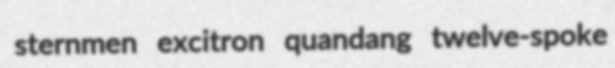
sternmen excitron quandang twelve-spoke